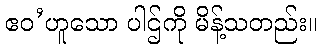
ဧဝ’ဟူသော ပါဌ်ကို မိန့်သတည်း။